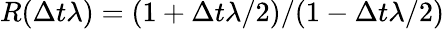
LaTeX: R(\Delta t\lambda)=(1+\Delta t\lambda/2)/(1-\Delta t\lambda/2)